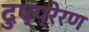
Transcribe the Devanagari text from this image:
दुष्प्रेरण